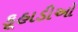
કૂહાડીઓ